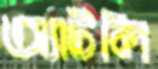
অ্যাটলি